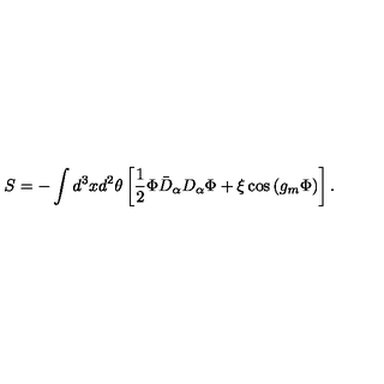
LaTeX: S = - \int d ^ { 3 } x d ^ { 2 } \theta \left[ \frac 1 2 \Phi \bar { D } _ { \alpha } D _ { \alpha } \Phi + \xi \cos \left( g _ { m } \Phi \right) \right] .